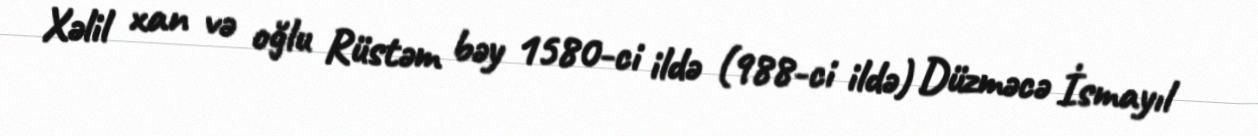
Xəlil xan və oğlu Rüstəm bəy 1580-ci ildə (988-ci ildə) Düzməcə İsmayıl